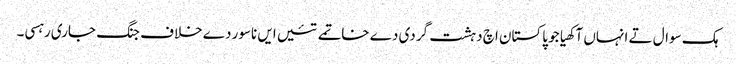
ہک سوال تے انہاں آکھیا جو پاکستان اچ دہشت گردی دے خاتمے تئیں ایں ناسور دے خلاف جنگ جاری رہسی۔